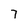
Character: 7